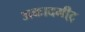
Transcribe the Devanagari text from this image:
अकादमी्ट्